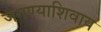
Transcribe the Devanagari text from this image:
जगण्याशिवाय